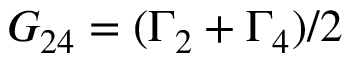
{ G _ { 2 4 } } = ( { \Gamma _ { 2 } } + { \Gamma _ { 4 } } ) / 2